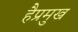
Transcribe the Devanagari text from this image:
हैप्रमुख